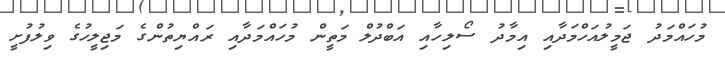
މުހައްމަދު ޖަމީލުއަހްމަދާއި އިމާދު ސޯލިހާއި އަބްދުލް މަތީން މުހައްމަދާއި ރައްޔިތުންގެ މަޖިލީހުގެ ވިލުފުށީ